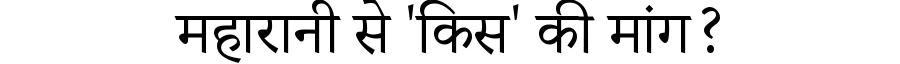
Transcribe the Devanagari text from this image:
महारानी से 'किस' की मांग?